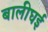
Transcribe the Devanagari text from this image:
बालीघई